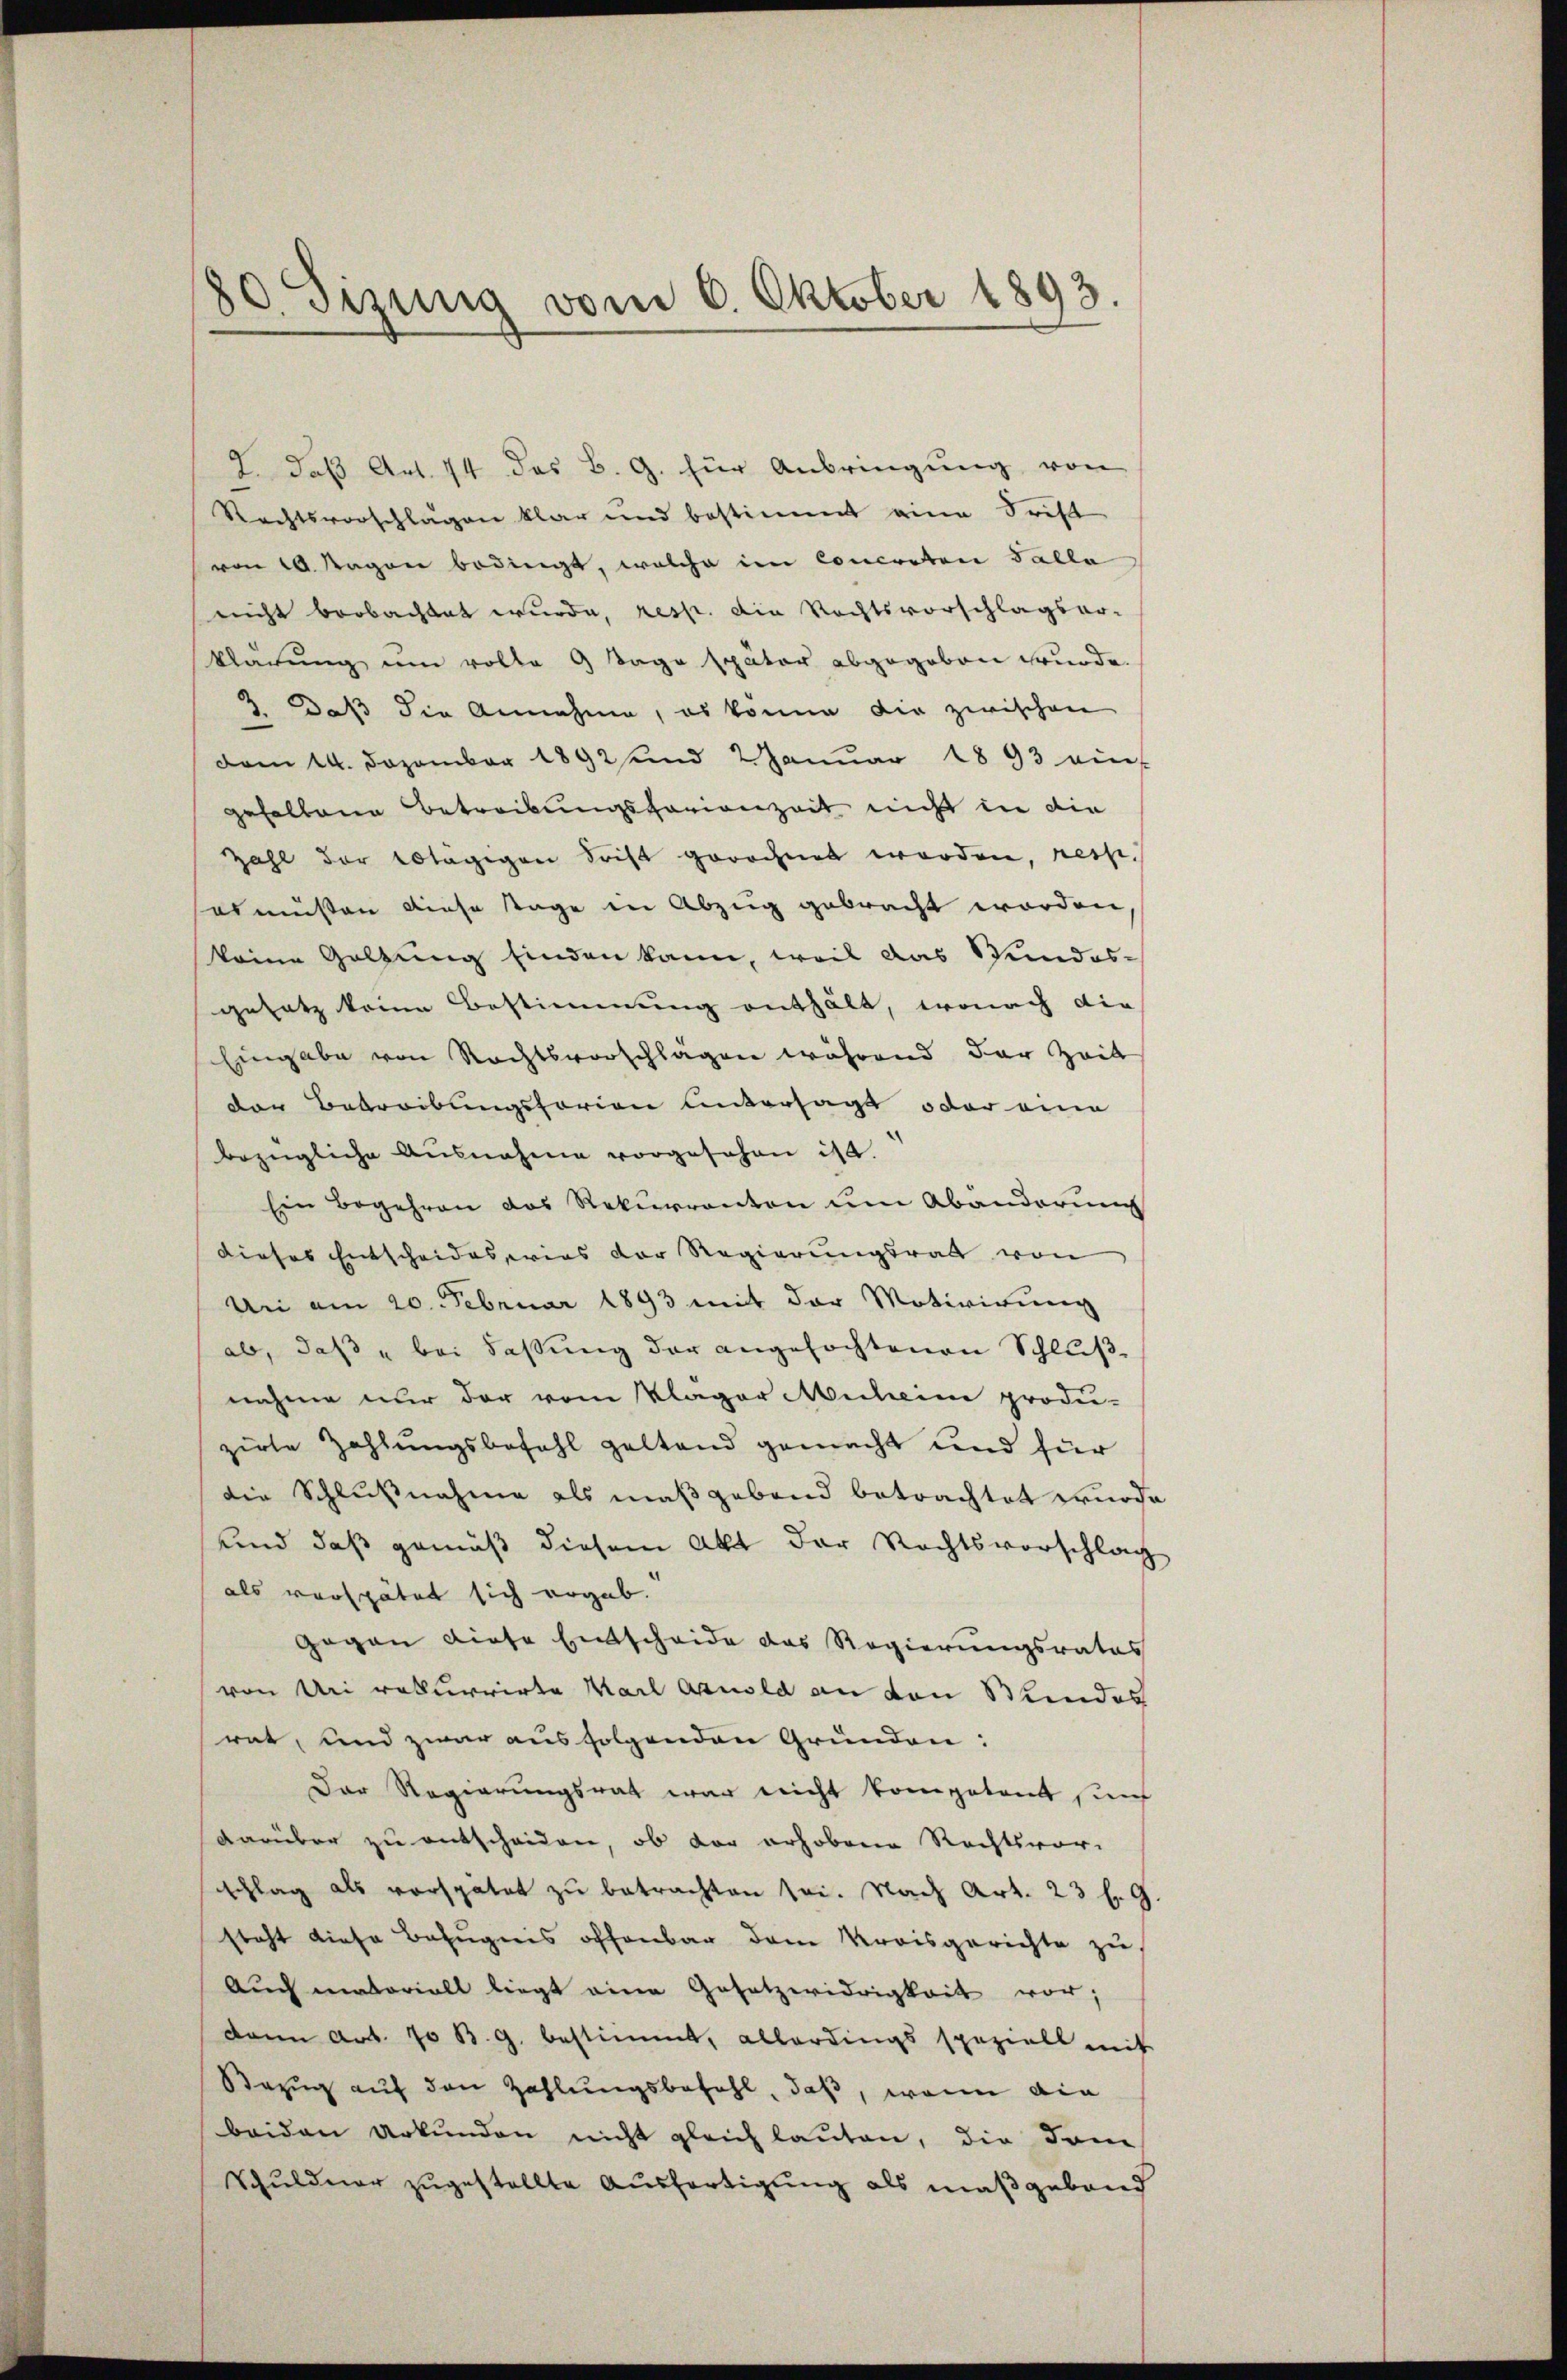
80. Sizung vom 6. Oktober 1893.

2. daβ Art. 74 des B. G. für Anbringŭng von
Rechtsvorschlägen klar und bestimmt eine Frist
von 10. Magen bedingt, welche im Concreten Talla
nicht beobachtet wurde, resp. die Rechtsvorschlagsar-
klärung um volle 9 Tage später abgegeben wurde.
2. Daß die Annahme, es könne die zwischen
dem 14. Dezember 1892 und 2 Januar 1893 ein
gehaltene Betreibungsforienzeit nicht in die
Zahl der tägigen Frist gerechnet worden, resp.
abmüssen diese Tage in Abzug gebracht worden
keine Gölzung finden kann, weil das Wundes-
gesetz keine Bestimmung enthält, wonach die
Eingabe von Rechtsvorschlägen während der Zeit
der Betreibungsforien untersagt oder eine
bezügliche Ausnahme vorgesehen ist.
Ein Begehren das Rekurrenton um Abänderung
dieses Entscheides erins der Regierungsrath von
Un am 20. Februar 1893 mit der Motivirung
ab, daß bei Fassung der angefochtenen Schluß
nahme nur der vom Klager Micheine produ-
zirte Zahlungsbefehl geltend gemacht und für
die Schlußnahme als maßgebend betrachtet wurde.
und daß gemäß diesem Akt der Rechtsvorschlag
als verspätet sich ergab.
Gegen diese Entscheide das Regierungsrates
(von Uri rekurrirte Karl Arnold an von Stundes
rat, und zwar aus folgenden Gründen:
Der Regierungsrat war nicht kompetent sanf
darüber zu entscheiden, ob der erhobene Rechtsvor-
schlag als verspätet zu betrachten sei. Nach Art. 23 f. 9.
steht diese Befugnis offenbar dem Kreisgerichte zu
Aŭch matoriall liegt eine Gesetzwidrigkeit vor;
dann Art. 70 B. G. bestimmt, allerdings speziell mit
Bezug auf den Zahlungsbefehl, daß, wenn din
beiden Urkunden nicht gleich lauten, die drin
Schuldner zugestellte Ausfertigung als maßgeband